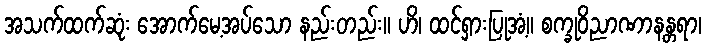
အသက်ထက်ဆုံး အောက်မေ့အပ်သော နည်းတည်း။ ဟိ၊ ထင်ရှားပြုအံ့။ စက္ခုဝိညာဏာနန္တရာ၊